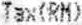
TAX(RM)